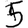
Digit: 5